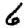
Digit: 6